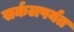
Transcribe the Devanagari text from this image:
सर्कलपर्यत